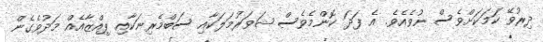
ދިރުވޭ ކަމަކަށްވެސް ނުވެއެވެ. އެ ފަދަ ކޮންމެވެސް ޝަވަރުމަލަކާއި ސަބްމެރިނަކާއި ޕިއްޒާއެއް މަދުވެގެން